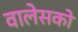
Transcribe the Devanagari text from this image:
वालेसको